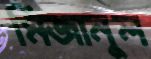
মিজানুল